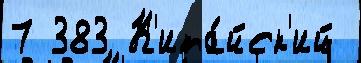
7 383 К'ита́йск'ий